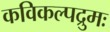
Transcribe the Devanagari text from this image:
कविकल्पद्रुमः